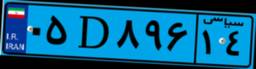
۱۹D۳۰۳۲۰